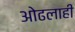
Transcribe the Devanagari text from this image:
ओढलाही